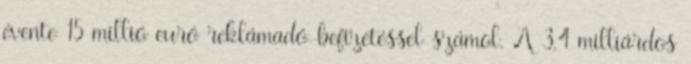
évente 15 millió euró reklámadó-befizetéssel számol. A 3,4 milliárdos